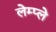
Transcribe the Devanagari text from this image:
लेम्प्ले